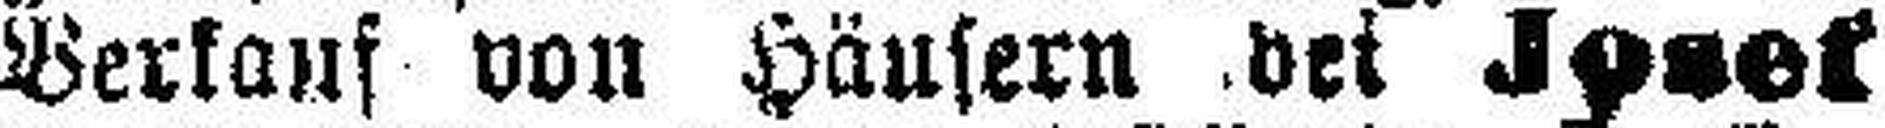
Verkauf von Häusern bei Joset